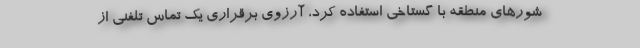
شورهای منطقه با گستاخی استفاده کرد، آرزوی برقراری یک تماس تلفنی از